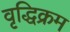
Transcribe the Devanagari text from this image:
वृद्धिक्रम